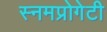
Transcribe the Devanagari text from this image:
स्नमप्रोगेटी